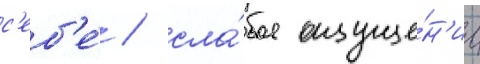
с'еб'е́ / сла́бое ощуще́н'ие